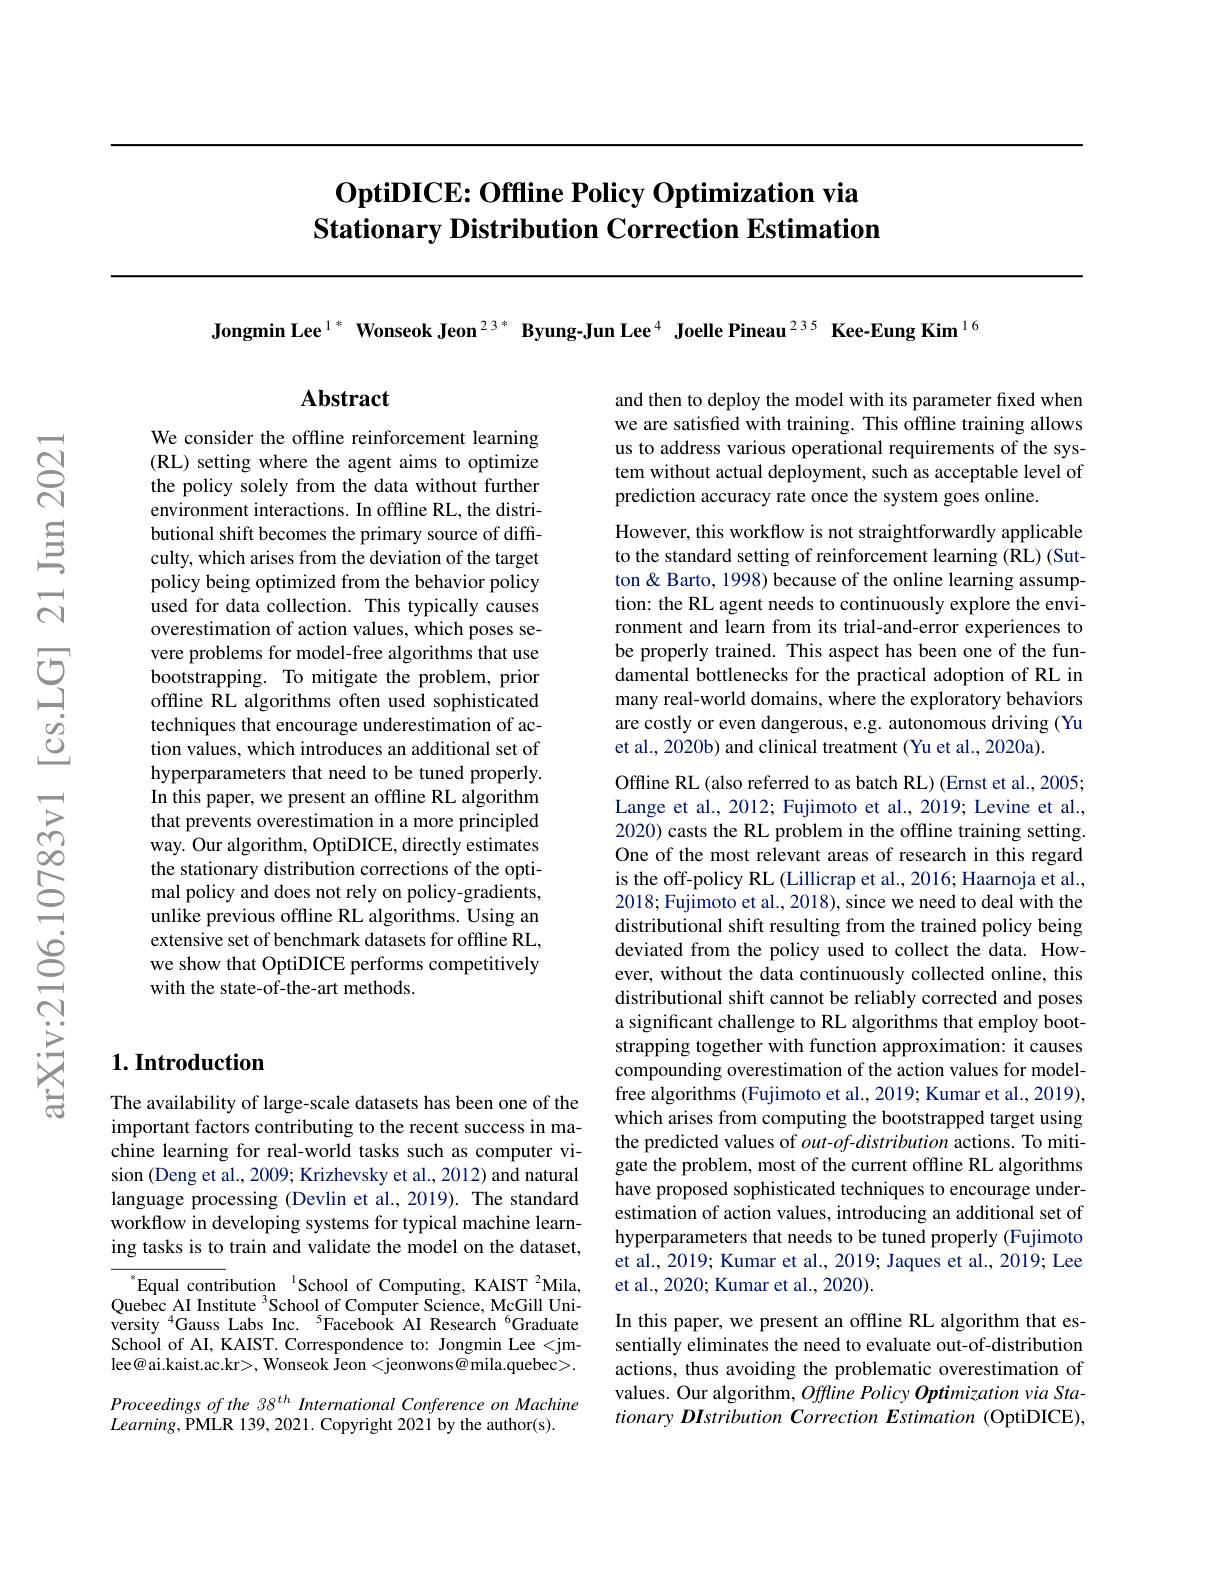
# $\textbf{OptiDICE: Offline Policy Optimization via}$ Stationary Distribution Correction Estimation

Jongmin Lee$^{1*}\textbf{ Wonseok Jeon}^{23*}\textbf{ Byung-Jun Lee}^{4}\textbf{ Joelle Pineau}^{235}\textbf{ Kee-Eung Kim}^{16}$

## Abstract

and then to deploy the model with its parameter fixed when we are satisfied with training. This offline training allows us to address various operational requirements of the system without actual deployment, such as acceptable level of prediction accuracy rate once the system goes online.

However, this workflow is not straightforwardly applicable to the standard setting of reinforcement learning (RL) (Sutton & Barto, 1998) because of the online learning assumption: the RL agent needs to continuously explore the environment and learn from its trial-and-error experiences to be properly trained. This aspect has been one of the fundamental bottlenecks for the practical adoption of RL in many real-world domains, where the exploratory behaviors are costly or even dangerous, e.g. autonomous driving (Yu et al., 2020b) and clinical treatment (Yu et al., 2020a).

We consider the offline reinforcement learning (RL) setting where the agent aims to optimize the policy solely from the data without further environment interactions. In offline RL, the distributional shift becomes the primary source of difficulty, which arises from the deviation of the target policy being optimized from the behavior policy used for data collection. This typically causes overestimation of action values, which poses severe problems for model-free algorithms that use bootstrapping. To mitigate the problem, prior offline RL algorithms often used sophisticated techniques that encourage underestimation of action values, which introduces an additional set of hyperparameters that need to be tuned properly. In this paper, we present an offline RL algorithm that prevents overestimation in a more principled way. Our algorithm, OptiDICE, directly estimates the stationary distribution corrections of the optimal policy and does not rely on policy-gradients, unlike previous offline RL algorithms. Using an extensive set of benchmark datasets for offline RL, we show that OptiDICE performs competitively with the state-of-the-art methods.

Offline RL(also referred to as batch RL)(Ernst et al., 2005; Lange et al., 2012; Fujimoto et al., 2019; Levine et al., 2020) casts the RL problem in the offline training setting. One of the most relevant areas of research in this regard is the off-policy RL (Lillicrap et al., 2016; Haarnoja et al., 2018; Fujimoto et al., 2018), since we need to deal with the distributional shift resulting from the trained policy being deviated from the policy used to collect the data. However, without the data continuously collected online, this distributional shift cannot be reliably corrected and poses a significant challenge to RL algorithms that employ bootstrapping together with function approximation: it causes compounding overestimation of the action values for modelfree algorithms (Fujimoto et al., 2019; Kumar et al., 2019), which arises from computing the bootstrapped target using the predicted values of $out-of$-distribution actions. To mitigate the problem, most of the current offline RL algorithms have proposed sophisticated techniques to encourage underestimation of action values, introducing an additional set of hyperparameters that needs to be tuned properly (Fujimoto et al., 2019; Kumar et al., 2019; Jaques et al., 2019; Lee et al., 2020; Kumar et al., 2020).
In this paper, we present an offline RL algorithm that essentially eliminates the need to evaluate out-of-distribution actions, thus avoiding the problematic overestimation of values. Our algorithm, Offline Policy Optimization via StationaryDIstribution Correction Estimation (OptiDICE),

# 1. Introduction

The availability of large-scale datasets has been one of the important factors contributing to the recent success in machine learning for real-world tasks such as computer vision (Deng et al., 2009; Krizhevsky et al., 2012) and natural language processing (Devlin et al.,2019). The standard workflow in developing systems for typical machine learning tasks is to train and validate the model on the dataset,

$^{\mathrm{s}}$Equal contribution $^{\mathrm{~l}}$School of Computing, KAIST$^2$Mila, Quebec AI Institute $^3$School of Computer Science, McGill University $^{4}$Gauss Labs Inc.$^{5}$Facebook AI Research$^{6}$Graduate School of AI, KAIST. Correspondence to: Jongmin Lee <jmlee@ai.kaist.ac.kr>, Wonseok jeon <jeonwons @ mila.quebec>. Proceedings of the 38 th International Conference on Machine $Learning$,PMLR 139, 2021. Copyright 2021 by the author(s).